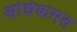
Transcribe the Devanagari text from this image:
अधिकमत